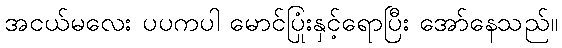
အငယ်မလေး ပပကပါ မောင်ပြုံးနှင့်ရောပြီး အော်နေသည်။